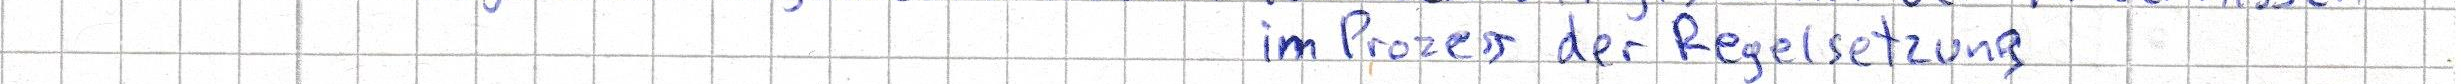
im Prozess der Regelsetzung